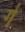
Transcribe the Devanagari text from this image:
र्ग